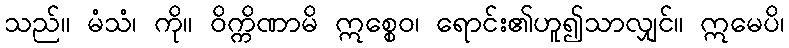
သည်။ မံသံ၊ ကို။ ဝိက္ကိဏာမိ ဣစ္စေဝ၊ ရောင်း၏ဟူ၍သာလျှင်။ ဣမေပိ၊